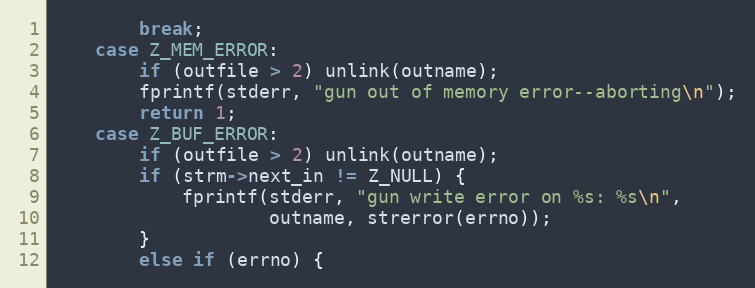
Language: C
        break;
    case Z_MEM_ERROR:
        if (outfile > 2) unlink(outname);
        fprintf(stderr, "gun out of memory error--aborting\n");
        return 1;
    case Z_BUF_ERROR:
        if (outfile > 2) unlink(outname);
        if (strm->next_in != Z_NULL) {
            fprintf(stderr, "gun write error on %s: %s\n",
                    outname, strerror(errno));
        }
        else if (errno) {